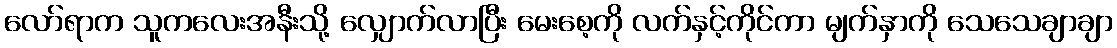
လော်ရာက သူကလေးအနီးသို့ လျှောက်လာပြီး မေးစေ့ကို လက်နှင့်ကိုင်ကာ မျက်နှာကို သေသေချာချာ